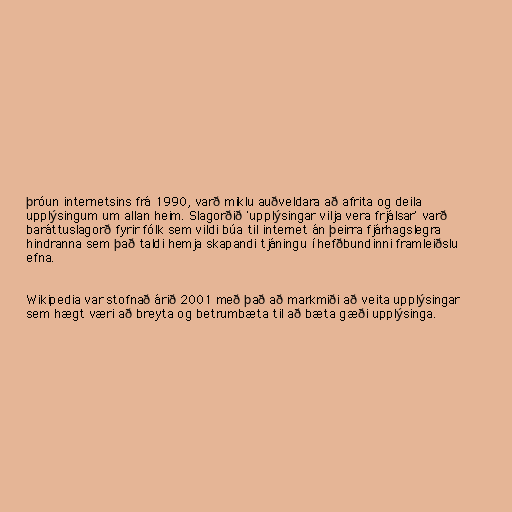
þróun internetsins frá 1990, varð miklu auðveldara að afrita og deila
upplýsingum um allan heim. Slagorðið 'upplýsingar vilja vera frjálsar' varð
baráttuslagorð fyrir fólk sem vildi búa til internet án þeirra fjárhagslegra
hindranna sem það taldi hemja skapandi tjáningu í hefðbundinni framleiðslu
efna.

Wikipedia var stofnað árið 2001 með það að markmiði að veita upplýsingar
sem hægt væri að breyta og betrumbæta til að bæta gæði upplýsinga.